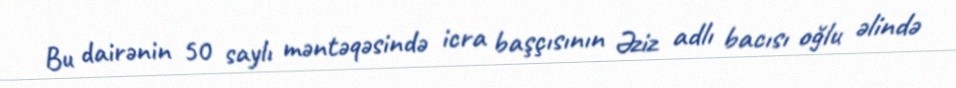
Bu dairənin 50 saylı məntəqəsində icra başçısının Əziz adlı bacısı oğlu əlində